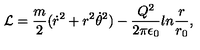
{ \cal L } = { \frac { m } { 2 } } ( \dot { r } ^ { 2 } + r ^ { 2 } \dot { \theta } ^ { 2 } ) - { \frac { Q ^ { 2 } } { 2 \pi \epsilon _ { 0 } } } l n { \frac { r } { r _ { 0 } } } ,